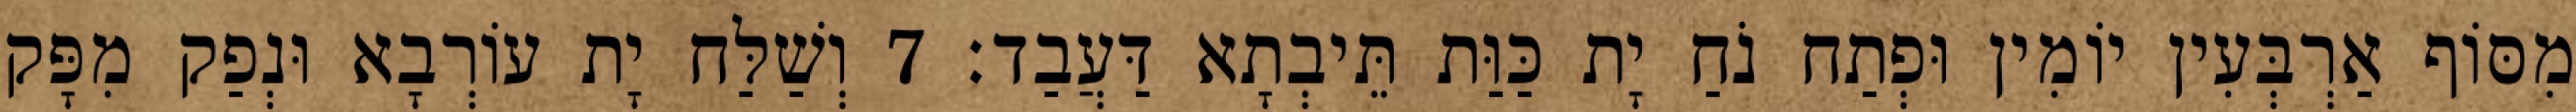
מִסּוֹף אַרְבְּעִין יוֹמִין וּפְתַח נֹחַ יָת כַּוַּת תֵּיבְתָא דַּעֲבַד׃ 7 וְשַׁלַּח יָת עוֹרְבָא וּנְפַק מִפָּק